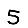
Digit: 5